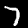
Digit: 7